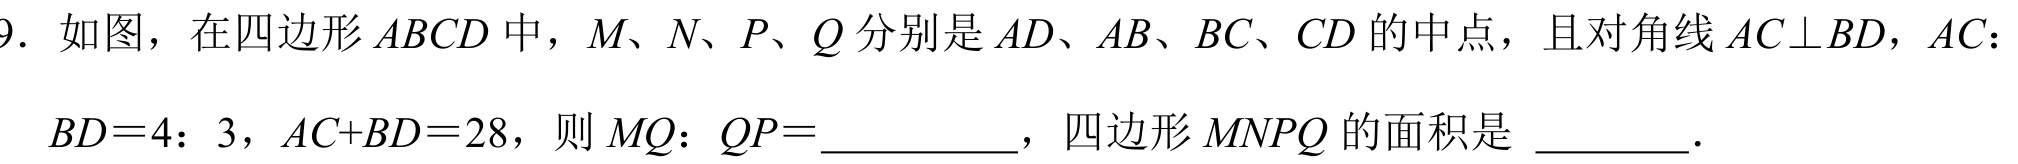
9. 如图，在四边形\(ABCD\)中，\(M、N、P、Q\)分别是\(AD、AB、BC、CD\)的中点，且对角线\(AC\perp BD\)，\(AC：BD = 4：3\)，\(AC + BD = 28\)，则\(MQ：QP=\underline{\qquad\qquad}\)，四边形\(MNPQ\)的面积是 \(\underline{\qquad}\)．